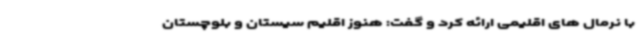
با نرمال های اقلیمی ارائه کرد و گفت: هنوز اقلیم سیستان و بلوچستان